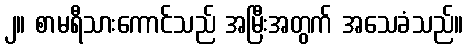
၂။ စာမရီသားကောင်သည် အမြီးအတွက် အသေခံသည်။